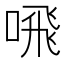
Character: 𫫁